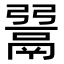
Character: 𩰲